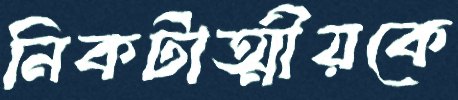
নিকটাত্মীয়কে